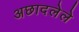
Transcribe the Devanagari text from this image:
अछादलेले